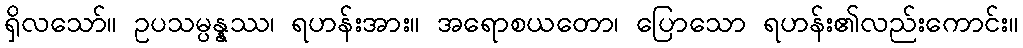
ရှိလသော်။ ဥပသမ္ပန္နဿ၊ ရဟန်းအား။ အရောစယတော၊ ပြောသော ရဟန်း၏လည်းကောင်း။